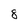
Character: 8